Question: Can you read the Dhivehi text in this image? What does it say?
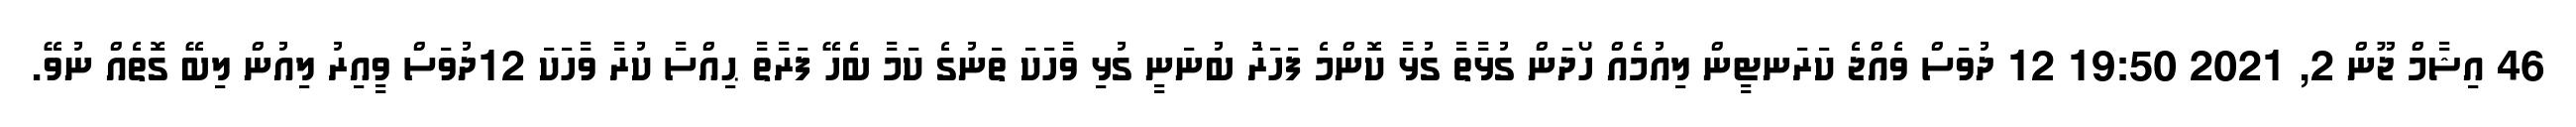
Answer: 46 އިޝާމް ޖޫން 2, 2021 19:50 12 ދުވަސް ވެއްޖެ ކަރަނޓީން ލިއުމެއް ހޯދަން ގުޅާތާ ގުޅާ ކޮންމެ ފަހަރަު ބުނަނީ ގުޅި ވާހަކަ ތަނުގެ ކަމާ ބެހޭ ފަރާތާ ޙިއްސާ ކުރާ ވާހަކަ 12ދުވަސް ވީއިރު ލިއުން ލިބޭ ގޮތެއް ނުވޭ.